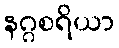
နဂ္ဂစရိယာ